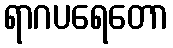
ရာဂပရေတော